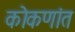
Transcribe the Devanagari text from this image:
कोकणांत